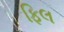
ફિલ